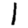
Digit: 1